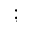
;